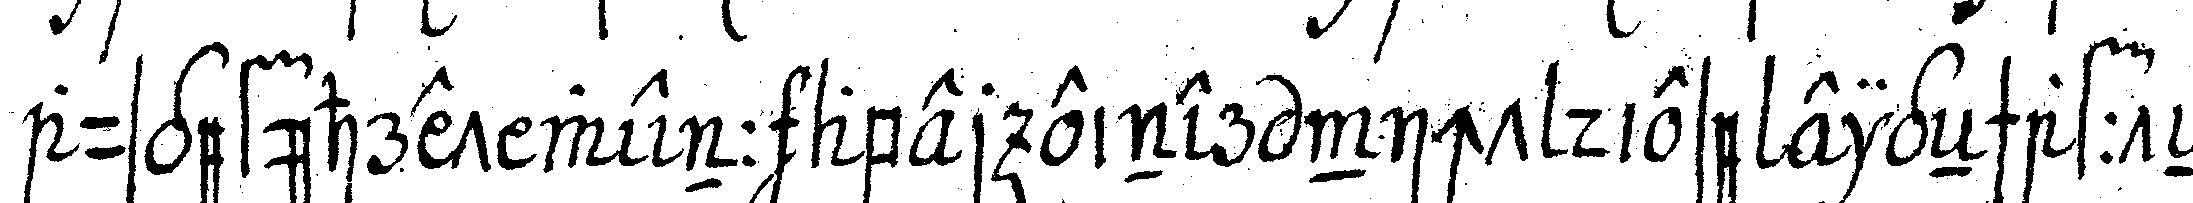
ausgeführet wenn aber einer nicht diese eigeNschaffteN